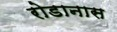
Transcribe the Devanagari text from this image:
रोडानास